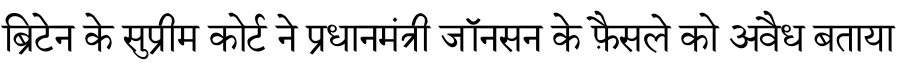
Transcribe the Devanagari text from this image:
ब्रिटेन के सुप्रीम कोर्ट ने प्रधानमंत्री जॉनसन के फ़ैसले को अवैध बताया